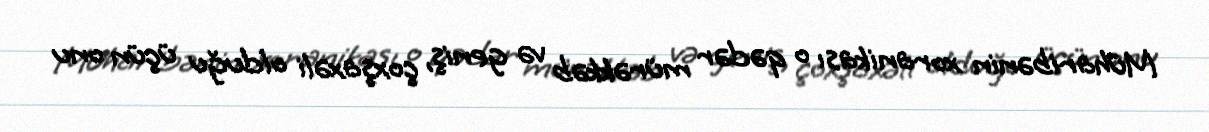
Müharibənin xoranikası o qədər mürəkkəb və geniş, çoxşaxəli olduğu üçün onu